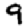
Digit: 9